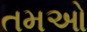
તમઓ